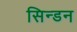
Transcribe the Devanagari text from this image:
सिन्डन